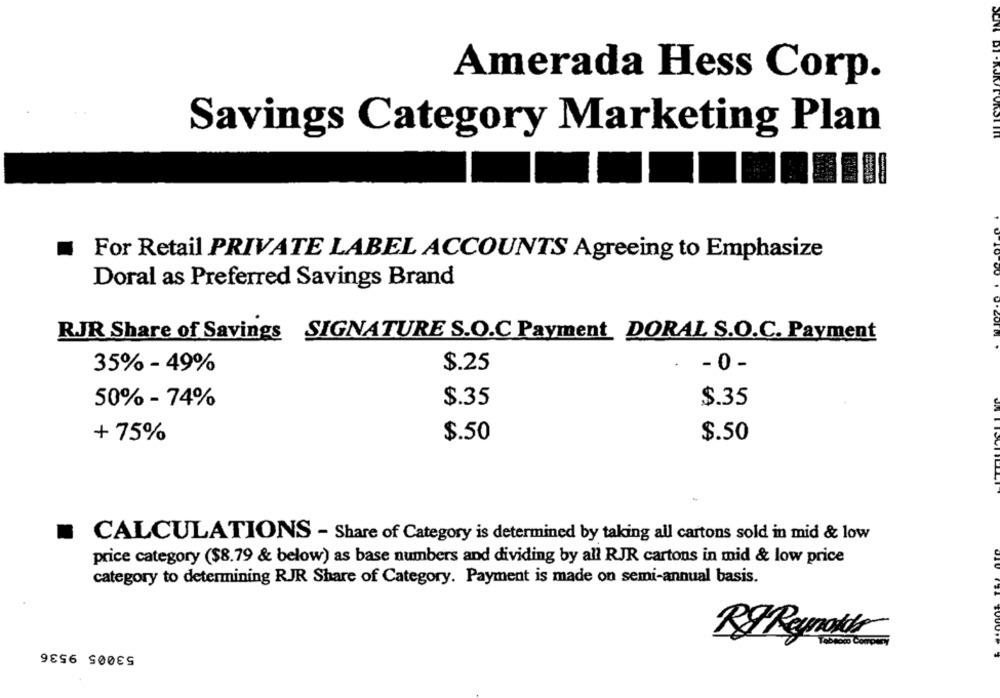
Amerada Hess Corp.
Savings Category Marketing Plan
For Retail PRIVATE LABEL ACCOUNTS Agreeing to Emphasize
Doral as Preferred Savings Brand
RJR Share of Savings SIGNATURE S.O.C Payment DORAL S.O.C. Payment
35% - 49%
$.25
- 0 -
50% - 74%
$.35
$.35
+ 75%
$.50
$.50
CALCULATIONS - Share of Category is determined by taking all cartons sold in mid & low
price category ($8.79 & below) as base numbers and dividing by all RJR cartons in mid & low price
category to determining RJR Share of Category. Payment is made on semi-annual basis.
53005 9536